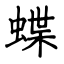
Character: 蝶